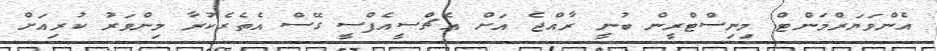
އެންވަޔަރްމަންޓް މިނިސްޓްރީން ބުނީ ރާއްޖެ އަށް އެޗްސީއެފްސީ ގޭސް އެތެރެކުރާ މިންވަރު ކުރިއަށް